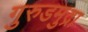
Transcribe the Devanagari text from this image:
गुरुडमुद्रा